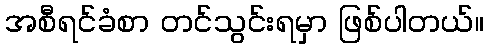
အစီရင်ခံစာ တင်သွင်းရမှာ ဖြစ်ပါတယ်။